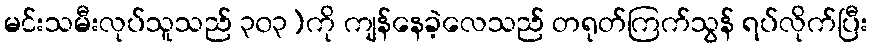
မင်းသမီးလုပ်သူသည် ၃၀၃)ကို ကျန်နေခဲ့လေသည် တရုတ်ကြက်သွန် ရပ်လိုက်ပြီး